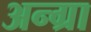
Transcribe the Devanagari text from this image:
अन्ग्रा